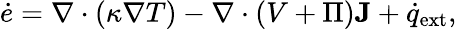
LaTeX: {\dot{e}}=\nabla\cdot(\kappa\nabla T)-\nabla\cdot(V+\Pi)\mathbf{J}+{\dot{q}}_{\mathrm{ext}},